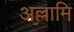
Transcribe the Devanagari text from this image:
अल्लामि